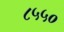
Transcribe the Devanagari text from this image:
८५५०